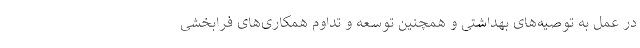
در عمل به توصیه‌های بهداشتی و همچنین توسعه و تداوم همکاری‌های فرابخشی